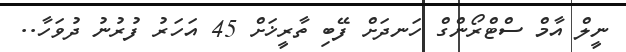
ނީލް އާމް ސްޓްރޯންގް ހަނދަށް ފޭބި ތާރީޚަށް 45 އަހަރު ފުރުނު ދުވަހާ..